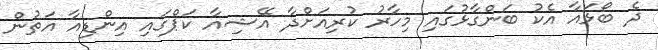
ދެ ބޯޅައާ އެކު ބަންގާޅުގައި މިހާރު ކުރިއަށްދާ އޭޝިއާ ކަޕްގައި އިންޑިއާ އަތުން